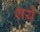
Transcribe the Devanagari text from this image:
शये